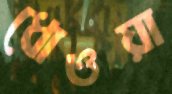
ধোওয়া